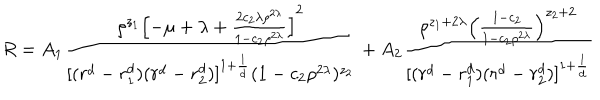
R = A _ { 1 } { \frac { \rho ^ { z _ { 1 } } \left[ - \mu + \lambda + { \frac { 2 c _ { 2 } \lambda \rho ^ { 2 \lambda } } { 1 - c _ { 2 } \rho ^ { 2 \lambda } } } \right] ^ { 2 } } { [ ( r ^ { d } - r _ { 1 } ^ { d } ) ( r ^ { d } - r _ { 2 } ^ { d } ) ] ^ { 1 + { \frac { 1 } { d } } } ( 1 - c _ { 2 } \rho ^ { 2 \lambda } ) ^ { z _ { 2 } } } } + A _ { 2 } { \frac { \rho ^ { z _ { 1 } + 2 \lambda } \left( { \frac { 1 - c _ { 2 } } { 1 - c _ { 2 } \rho ^ { 2 \lambda } } } \right) ^ { z _ { 2 } + 2 } } { [ ( r ^ { d } - r _ { 1 } ^ { d } ) ( r ^ { d } - r _ { 2 } ^ { d } ) ] ^ { 1 + { \frac { 1 } { d } } } } }